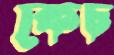
কেচ